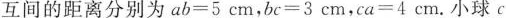
互间的距离分别为 $$a b = 5$$ cm，$$b c = 3$$ cm，$$c a = 4$$ cm。小球 c